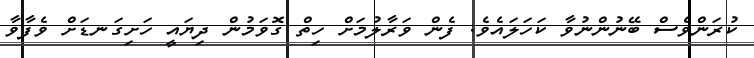
ކުރަންވެސް ބޭނުންނުވާ ކަހަލައެވެ. ފެން ވަރާލުމަށް ހިތް ގޮވަމުން ދިޔައީ ހަށިގަނޑަށް ވެފާވާ